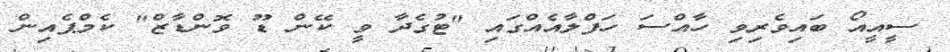
ސީއީއޯ ބައިވެރިވި ހާއްސަ ހަފްލާއެއްގައި "ޓުގެދާ ވީ ކޭން ޑޫ ވޮންޑާޒް" ކެމްޕެއިން